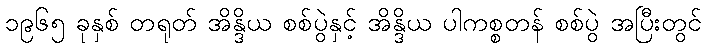
၁၉၆၅ ခုနှစ် တရုတ် အိန္ဒိယ စစ်ပွဲနှင့် အိန္ဒိယ ပါကစ္စတန် စစ်ပွဲ အပြီးတွင်